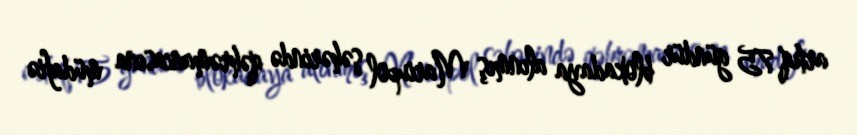
artıq 75 gündür blokadaya alınmış Mariupol şəhərində qəhrəmancasına müdafiə